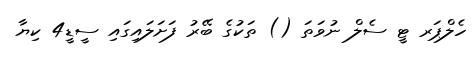
ހެލްޕަރ ޓީ ސެލް ނުވަތަ () ތަކުގެ ބޭރު ފަށަލައިގައި ސީޑީ4 ކިޔާ